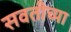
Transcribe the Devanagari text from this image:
सवतीच्या